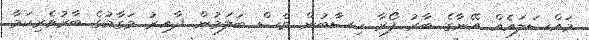
މައްސަލައެއް އޭނާގެ ބާރު ފޯރާ ހިސާބުން ވެސް ބަލަމުން ދާއިރު މަގާމުގެ ބާރުވެރިކަމާ